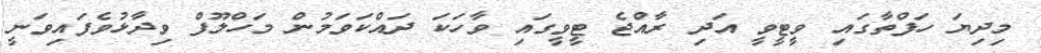
މިދިޔަ ހަފްތާގައި ވީޓީވީ އަދި ރާއްޖެ ޓީވީގައި ވާހަކަ ދައްކަވަމުން މަހްލޫފް ވިދާޅުވެފައިވަނީ